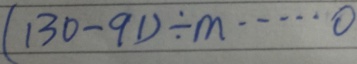
( 1 3 0 - 9 1 ) \div m \cdots 0